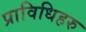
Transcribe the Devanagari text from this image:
प्राविधिहरु